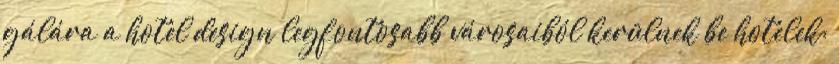
gálára a hotel design legfontosabb városaiból kerülnek be hotelek: